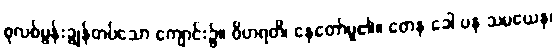
စုလစ်မွန်းချွန်တပ်သော ကျောင်း၌။ ဝိဟရတိ၊ နေတော်မူ၏။ တေန ခေါ ပန သမယေန၊